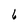
Character: 6